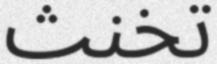
تخنث